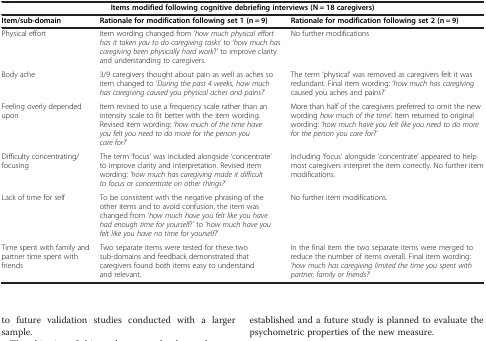
| <COLSPAN=3> Items modified following cognitive debriefing interviews (N = 18 caregivers) |
 | Item/sub-domain | Rationale for modification following set 1 (n = 9) | Rationale for modification following set 2 (n = 9) |
 | --- | --- | --- |
 | Physical effort | Item wording changed from ‘how much physical effort has it taken you to do caregiving tasks’ to ‘how much has caregiving been physically hard work?’ to improve clarity and understanding to caregivers. | No further modifications |
 | Body ache | 3/9 caregivers thought about pain as well as aches so item changed to ‘During the past 4 weeks, how much has caregiving caused you physical aches and pains?’ | The term ‘physical’ was removed as caregivers felt it was redundant. Final item wording: ‘how much has caregiving caused you aches and pains?’ |
 | Feeling overly depended upon | Item revised to use a frequency scale rather than an intensity scale to fit better with the item wording. Revised item wording: ‘how much of the time have you felt you need to do more for the person you care for?’ | More than half of the caregivers preferred to omit the new wording how much of the time’. Item returned to original wording: ‘how much have you felt like you need to do more for the person you care for?’ |
 | Difficulty concentrating/focusing | The term ‘focus’ was included alongside ‘concentrate’ to improve clarity and interpretation. Revised item wording: ‘how much has caregiving made it difficult to focus or concentrate on other things?’ | Including ‘focus’ alongside ‘concentrate’ appeared to help most caregivers interpret the item correctly. No further item modifications. |
 | Lack of time for self | To be consistent with the negative phrasing of the other items and to avoid confusion, the item was changed from ‘how much have you felt like you have had enough time for yourself?’ to ‘how much have you felt like you have no time for yourself?’ | No further item modifications. |
 | Time spent with family and partner time spent with friends | Two separate items were tested for these two sub-domains and feedback demonstrated that caregivers found both items easy to understand and relevant. | In the final item the two separate items were merged to reduce the number of items overall. Final item wording: ‘how much has caregiving limited the time you spent with partner, family or friends?’ |